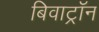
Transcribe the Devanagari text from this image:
बिवाट्रॉन